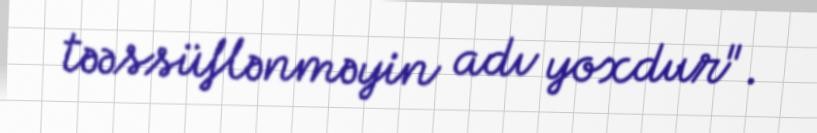
təəssüflənməyin adı yoxdur".